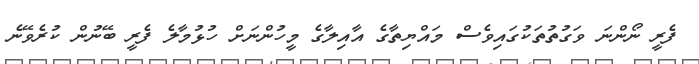
ފެރީ ނޯންނަ ވަގުތުތަކުގައިވެސް މައްޔިތާގެ އާއިލާގެ މީހުންނަށް ހުޅުމާލެ ފެރީ ބޭނުން ކުރެވޭނެ